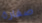
صفارة